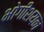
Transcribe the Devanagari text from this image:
भोगीशयन